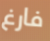
فارغ